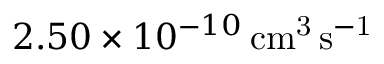
2 . 5 0 \times 1 0 ^ { - 1 0 } \, \mathrm { c m ^ { 3 } \, s ^ { - 1 } }